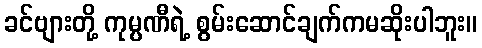
ခင်ဗျားတို့ ကုမ္ပဏီရဲ့ စွမ်းဆောင်ချက်ကမဆိုးပါဘူး။